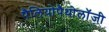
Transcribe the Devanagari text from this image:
पैलियोपैथोलॉजी